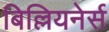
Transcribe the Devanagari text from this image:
बिल्लियनेर्स